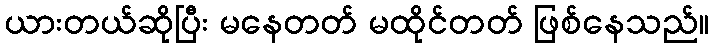
ယားတယ်ဆိုပြီး မနေတတ် မထိုင်တတ် ဖြစ်နေသည်။